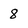
Character: 8